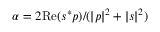
\alpha = 2 \mathrm { R e } ( s ^ { * } p ) / ( | p | ^ { 2 } + | s | ^ { 2 } )